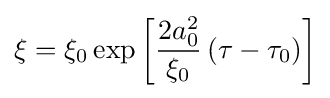
\xi =\xi _{0}\exp \left[{\frac {2a_{0}^{2}}{\xi _{0}}}\left(\tau -\tau _{0}\right)\right]